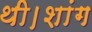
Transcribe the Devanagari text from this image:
थी।शांग